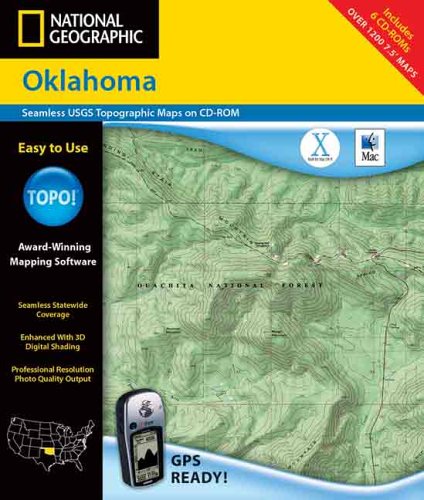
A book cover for National Geographic Topographical  Oklahoma; Rand McNally; Travel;